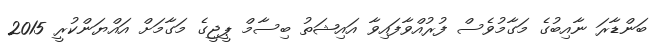
ބަންޑާރަ ނާއިބުގެ މަގާމުވެސް ފުރުއްވާފައިވާ އައިޝަތު ބިސާމް ޕީޖީގެ މަގާމަށް އައްޔަންކުރީ 2015